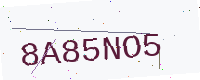
Text: 8A85NO5